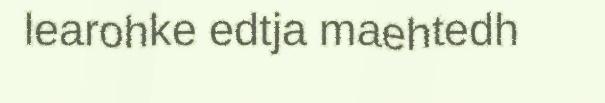
learohke edtja maehtedh